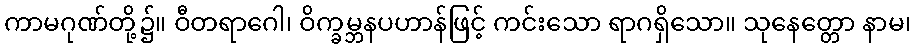
ကာမဂုဏ်တို့၌။ ဝီတရာဂေါ၊ ဝိက္ခမ္ဘနပဟာန်ဖြင့် ကင်းသော ရာဂရှိသော။ သုနေတ္တော နာမ၊